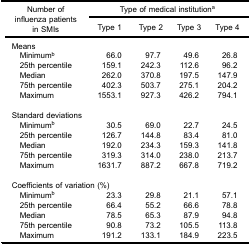
<table><thead><tr><td rowspan="3"><b>Number ofinfluenza patientsin SMIs</b></td><td colspan="4"><b>Type of medical institution<sup>a</sup></b></td></tr><tr><td><b>Type 1</b></td><td><b>Type 2</b></td><td><b>Type 3</b></td><td><b>Type 4</b></td></tr></thead><tbody><tr><td colspan="5">Means</td></tr><tr><td> Minimum<sup>b</sup></td><td>66.0</td><td>97.7</td><td>49.6</td><td>26.8</td></tr><tr><td> 25th percentile</td><td>159.1</td><td>242.3</td><td>112.6</td><td>96.2</td></tr><tr><td> Median</td><td>262.0</td><td>370.8</td><td>197.5</td><td>147.9</td></tr><tr><td> 75th percentile</td><td>402.3</td><td>503.7</td><td>275.1</td><td>204.2</td></tr><tr><td> Maximum</td><td>1553.1</td><td>927.3</td><td>426.2</td><td>794.1</td></tr><tr><td colspan="5">Standard deviations</td></tr><tr><td> Minimum<sup>b</sup></td><td>30.5</td><td>69.0</td><td>22.7</td><td>24.5</td></tr><tr><td> 25th percentile</td><td>126.7</td><td>144.8</td><td>83.4</td><td>81.0</td></tr><tr><td> Median</td><td>192.0</td><td>234.3</td><td>159.3</td><td>141.8</td></tr><tr><td> 75th percentile</td><td>319.3</td><td>314.0</td><td>238.0</td><td>213.7</td></tr><tr><td> Maximum</td><td>1631.7</td><td>887.2</td><td>667.8</td><td>719.2</td></tr><tr><td colspan="5">Coefficients of variation (%)</td></tr><tr><td> Minimum<sup>b</sup></td><td>23.3</td><td>29.8</td><td>21.1</td><td>57.1</td></tr><tr><td> 25th percentile</td><td>66.4</td><td>55.2</td><td>66.6</td><td>78.8</td></tr><tr><td> Median</td><td>78.5</td><td>65.3</td><td>87.9</td><td>94.8</td></tr><tr><td> 75th percentile</td><td>90.8</td><td>73.2</td><td>105.5</td><td>113.8</td></tr><tr><td> Maximum</td><td>191.2</td><td>133.1</td><td>184.9</td><td>223.5</td></tr></tbody></table>